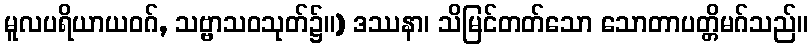
မူလပရိယာယဝဂ်, သဗ္ဗာသဝသုတ်၌။) ဒဿနာ၊ သိမြင်တတ်သော သောတာပတ္တိမဂ်သည်။